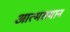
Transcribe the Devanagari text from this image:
आत्मसमान